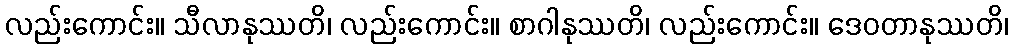
လည်းကောင်း။ သီလာနုဿတိ၊ လည်းကောင်း။ စာဂါနုဿတိ၊ လည်းကောင်း။ ဒေဝတာနုဿတိ၊